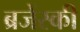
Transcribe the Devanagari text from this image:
ब्रजेंस्की